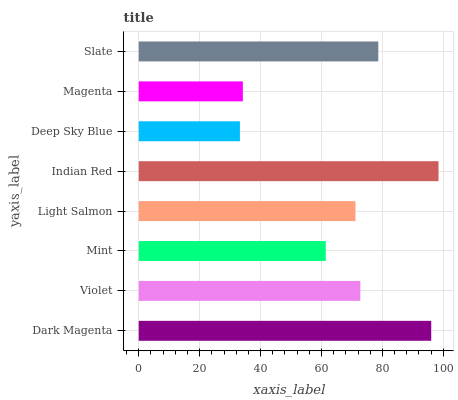
| yaxis_label | bars |
 | --- | --- |
 | Dark Magenta | 96 |
 | Violet | 72.7 |
 | Mint | 61.4 |
 | Light Salmon | 71.1 |
 | Indian Red | 98.4 |
 | Deep Sky Blue | 33.2 |
 | Magenta | 34.2 |
 | Slate | 78.6 |